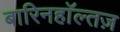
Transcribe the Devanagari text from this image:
बारिनहाॅल्तज़